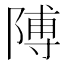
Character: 𮥕